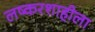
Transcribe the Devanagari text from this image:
लष्करशाहीला